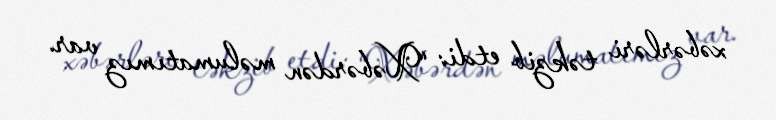
xəbərləri təkzib etdi: “Xəbərdən məlumatımız var.